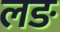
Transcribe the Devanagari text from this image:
लङ